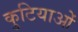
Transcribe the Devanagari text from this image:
कुटियाओं